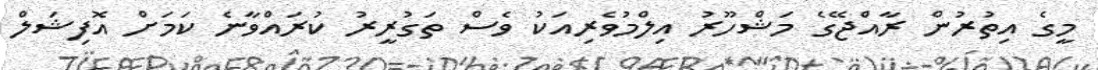
މީގެ އިތުރުން ރާއްޖޭގެ މަޝްހޫރު އިލްމުވެރިއަކު ވެސް ތަގުރީރު ކުރައްވާނެ ކަމަށް އޮފިޝަލް